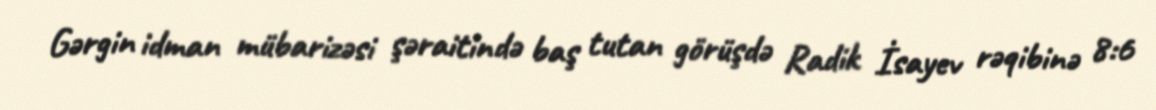
Gərgin idman mübarizəsi şəraitində baş tutan görüşdə Radik İsayev rəqibinə 8:6